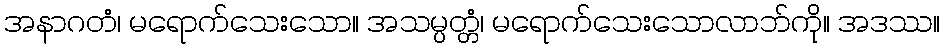
အနာဂတံ၊ မရောက်သေးသော။ အသမ္ပတ္တံ၊ မရောက်သေးသောလာဘ်ကို။ အဒဿ။